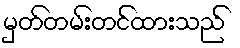
မှတ်တမ်းတင်ထားသည်